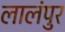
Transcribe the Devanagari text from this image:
लालंपुर